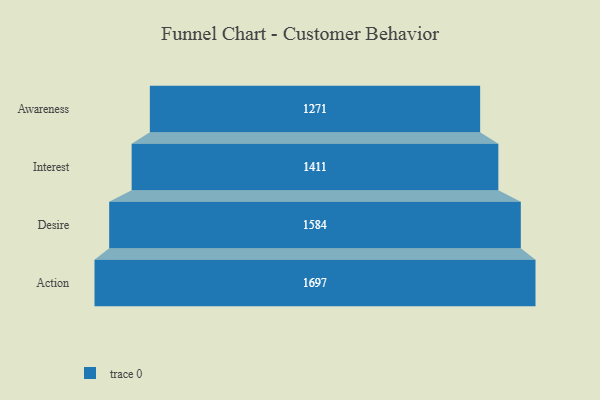
{"axis": {"x": "Stage", "y": "Value"}, "legend": [""], "data": [{"x": "Awareness", "y": 1271.0, "type": ""}, {"x": "Interest", "y": 1411.0, "type": ""}, {"x": "Desire", "y": 1584.0, "type": ""}, {"x": "Action", "y": 1697.0, "type": ""}]}